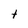
Character: t